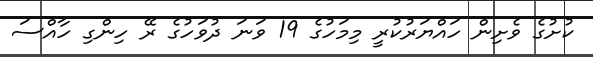
ކުށުގެ ވެށިން ހައްޔަރުކުރީ މިމަހުގެ 19 ވަނަ ދުވަހުގެ ރޭ ހިންގި ހާއްސަ